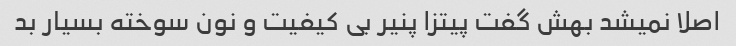
اصلا نمیشد بهش گفت پیتزا پنیر بی کیفیت و نون سوخته بسیار بد